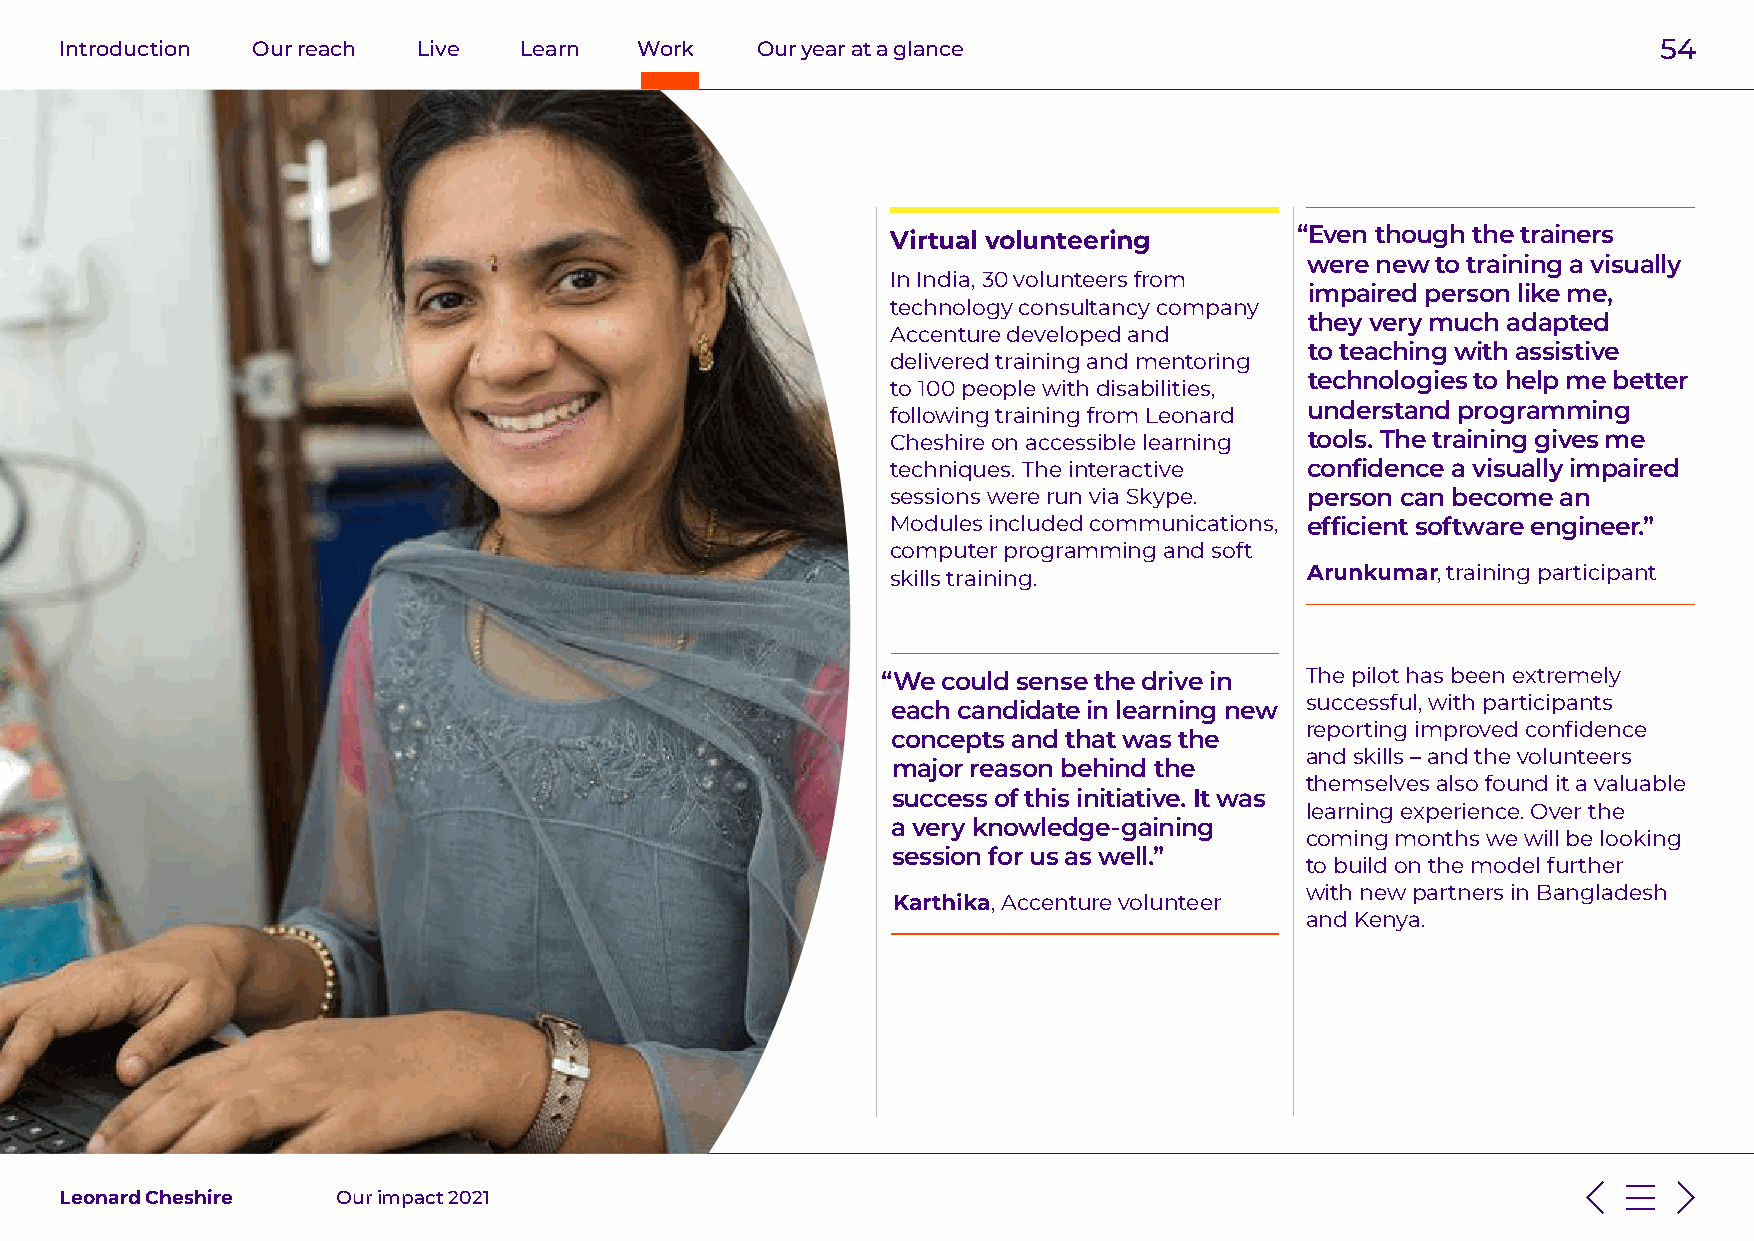
Introduction Our reach  Live  Learn   Work    Our year at a glance                                        54
 Virtual volunteering       “Even though the trainers
 were new to training a visually
 In India, 30 volunteers from
 impaired person like me,
 technology consultancy company
 they very much adapted
 Accenture developed and
 to teaching with assistive
 delivered training and mentoring
 technologies to help me better
 to 100 people with disabilities,
 understand programming
 following training from Leonard
 Cheshire on accessible learning tools. The training gives me
 techniques. The interactive confidence a visually impaired
 sessions were run via Skype. person can become an
 Modules included communications, efficient software engineer.”
 computer programming and soft
 skills training.            Arunkumar, training participant
 “We could sense the drive in The pilot has been extremely
 successful, with participants
 each candidate in learning new
 reporting improved confidence
 concepts and that was the
 and skills – and the volunteers
 major reason behind the
 themselves also found it a valuable
 success of this initiative. It was
 learning experience. Over the
 a very knowledge-gaining
 coming months we will be looking
 session for us as well.”
 to build on the model further
 with new partners in Bangladesh
 Karthika, Accenture volunteer
 and Kenya.
 Leonard Cheshire  Our impact 2021